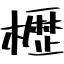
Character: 櫪